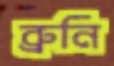
ব্রুনি